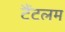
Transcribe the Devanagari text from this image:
टैंटलम